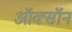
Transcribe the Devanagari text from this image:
ऑक्सॉन